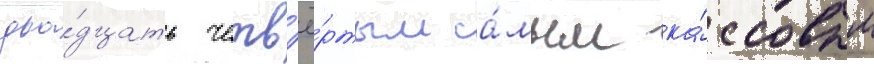
два́дцать четв'ё́ртым са́мым ка́ссовым